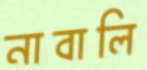
নাবালি